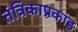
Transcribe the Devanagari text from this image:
तंत्रिकाप्रकांड